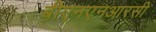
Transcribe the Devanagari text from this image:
बीएनएनआरसी